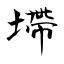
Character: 墆